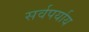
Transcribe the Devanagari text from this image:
सर्वपर्याय